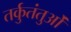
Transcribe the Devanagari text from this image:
तर्कुतंतुओं